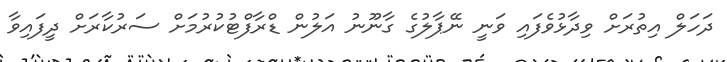
ދަހަލް އިތުރަށް ވިދާޅުވެފައި ވަނީ ނޭޕާލުގެ ގާނޫނު އަލުން ޑްރާފްޓުކުރުމަށް ސަރުކާރަށް ދީފައިވާ